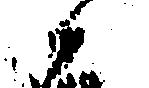
候